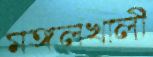
মঙ্গলখালী